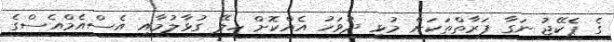
ގެ ޕެކޭޖު ނަގާ ފަރާތްތަކަށް މުޅި ދުވަހު އެއްކޮށް ހިލޭ ގުޅާލުމާއި އެސްއެމްއެސްގެ